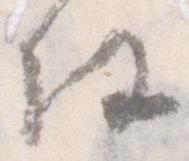
任